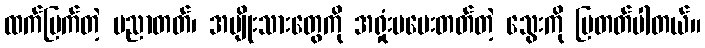
ထက်မြက်တဲ့ ပညာတတ်၊ အမျိုးသားတွေကို အရှုံးမပေးတတ်တဲ့ သွေးကို ပြတတ်ပါတယ်။